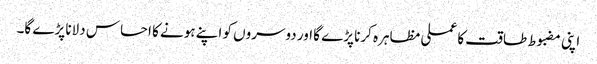
اپنی مضبوط طاقت کا عملی مظاہرہ کرنا پڑے گا اور دوسروں کو اپنے ہونے کا احساس دلانا پڑے گا۔